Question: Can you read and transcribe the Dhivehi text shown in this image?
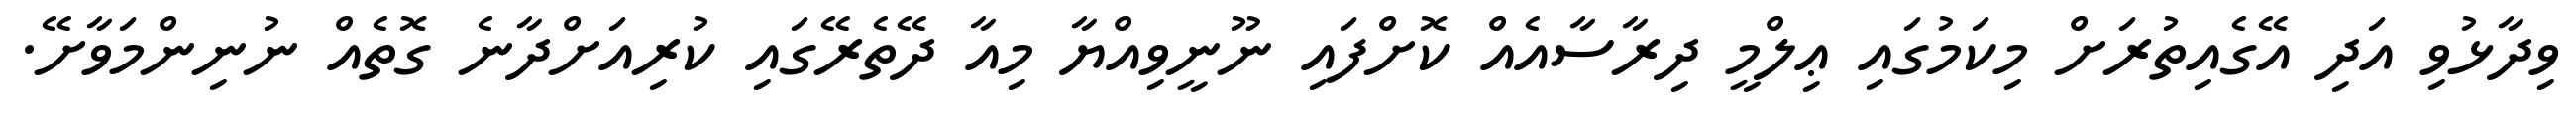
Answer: ވިދާޅުވި އަދި އޭގެއިތުރަށް މިކަމުގައި ޢިލްމީ ދިރާސާއެއް ކޮށްފައި ނޫނީވިއްޔާ މިއާ ދޭތެރޭގައި ކުރިއަށްދާނެ ގޮތެއް ނުނިންމަވާށޭ.